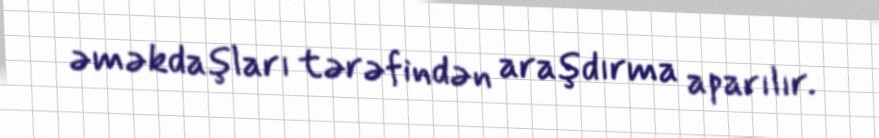
əməkdaşları tərəfindən araşdırma aparılır.